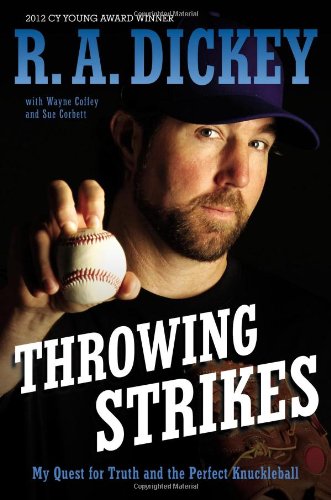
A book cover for Throwing Strikes: My Quest for Truth and the Perfect Knuckleball; R.A. Dickey; Children's Books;